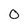
Character: O